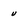
Character: v